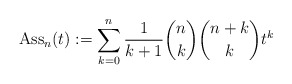
\begin{gather*}{\rm Ass}_{n}(t):= \sum_{k=0}^{n} {1 \over k+1} {n \choose k} {n+k \choose k}t^{k}\end{gather*}